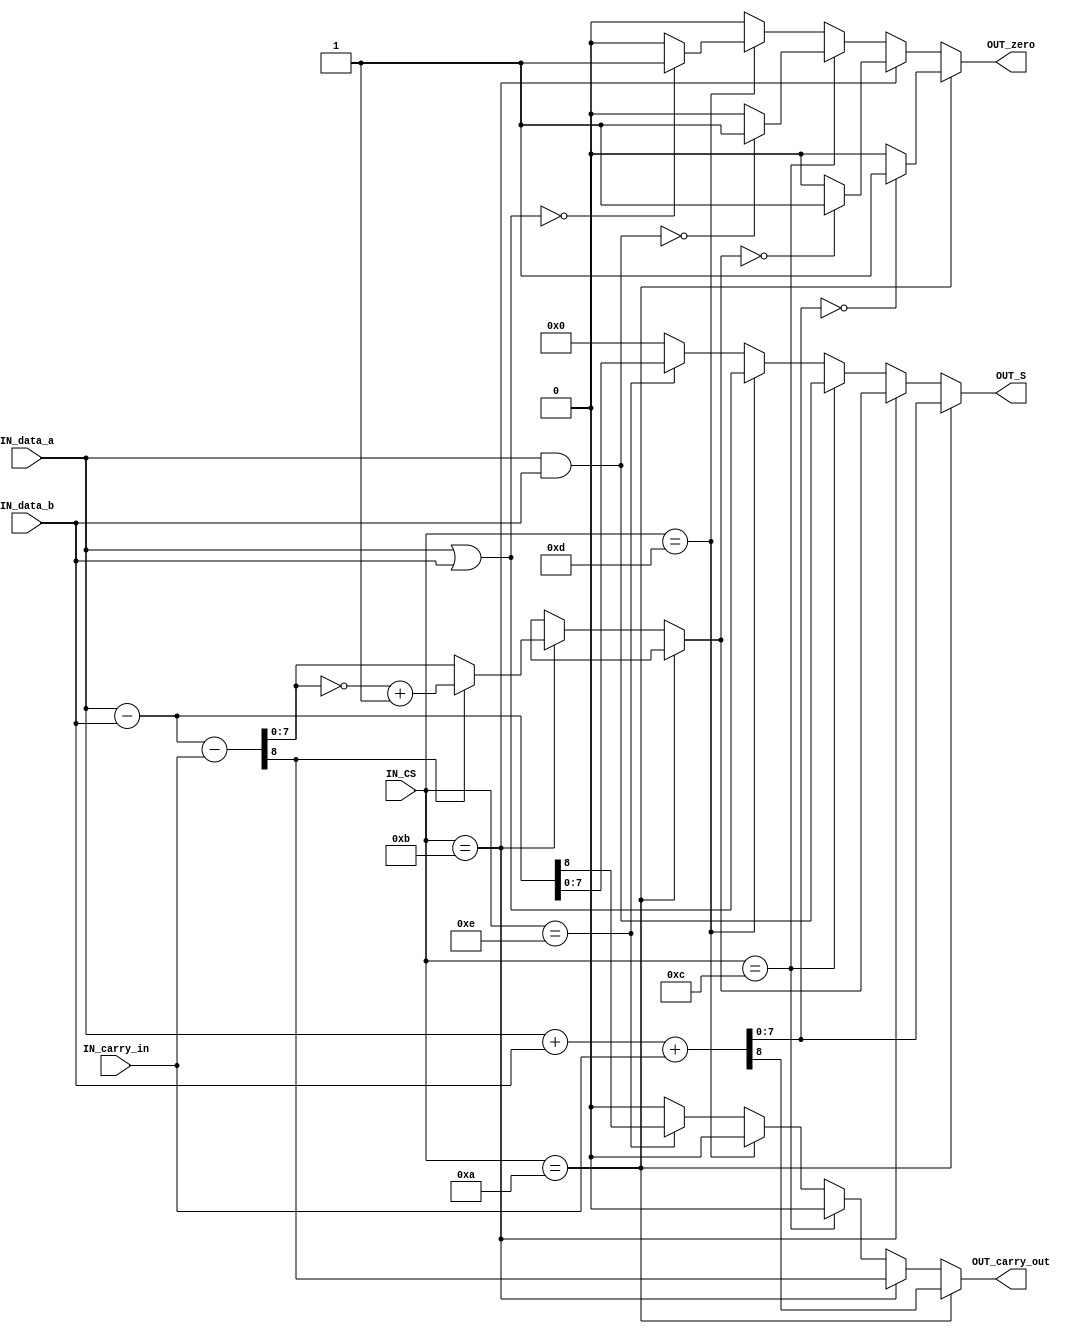
// s0  1 4 7 0 
// s1  2 5 8 =(F)
// s2  3 6 9 cmp(E)
// s3  +(A) -(B) and(C) or(D) 

//carry_incarry_out11
//carry_out  1110
//OUT_zero001
//s
module alu(input [3:0] IN_CS, input [7:0] IN_data_a, input [7:0] IN_data_b, input IN_carry_in,
			output reg [7:0] OUT_S, output reg OUT_zero, output reg OUT_carry_out);
	
	always @(*)
	begin
	if(IN_CS == 4'hA)
	begin
		{OUT_carry_out,OUT_S} = IN_data_a + IN_data_b + IN_carry_in;
		if(OUT_S == 0)
			OUT_zero = 1'b1;
		else
			OUT_zero = 1'b0;
	end
	else if(IN_CS == 4'hB)
	begin
		{OUT_carry_out,OUT_S} = IN_data_a - IN_data_b - IN_carry_in;
		if(OUT_carry_out == 1'b1)
			OUT_S = ~OUT_S + 8'h01;
		else
			OUT_S = OUT_S;
		if(OUT_S == 0)
			OUT_zero = 1'b1;
		else
			OUT_zero = 1'b0;
	end
	else if(IN_CS == 4'hC)
	begin
		OUT_S = IN_data_a & IN_data_b;
		OUT_carry_out = 0;
		if(OUT_S == 0)
			OUT_zero = 1'b1;
		else
			OUT_zero = 1'b0;
	end
	else if(IN_CS == 4'hD)
	begin
		OUT_S = IN_data_a | IN_data_b;
		OUT_carry_out = 0;
		if(OUT_S == 0)
			OUT_zero = 1'b1;
		else
			OUT_zero = 1'b0;
	end
	else if(IN_CS == 4'hE)
		begin
		{OUT_carry_out,OUT_S} = IN_data_a - IN_data_b;
		OUT_zero = 1'b0;
		end
	else
		begin
			OUT_carry_out = 0;
			OUT_S = 0;
			OUT_zero = 0;
		end
	end
	
endmodule